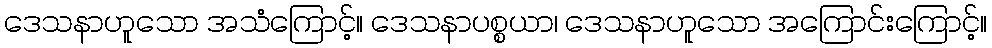
ဒေသနာဟူသော အသံကြောင့်။ ဒေသနာပစ္စယာ၊ ဒေသနာဟူသော အကြောင်းကြောင့်။